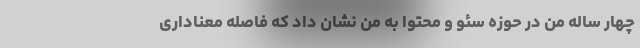
چهار ساله من در حوزه سئو و محتوا به من نشان داد که فاصله معناداری